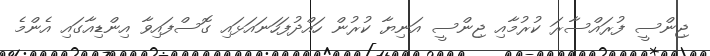
ޖިންސީ ފުރައްސާރަ ކުރުމާއި ޖިންސީ އަނިޔާ ކުރުން ހައްދުފަހަނައަޅައި ގޮސްފައިވާ އިންޑިއާގައި އެންމެ